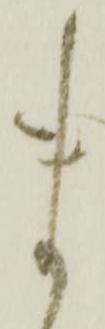
ま